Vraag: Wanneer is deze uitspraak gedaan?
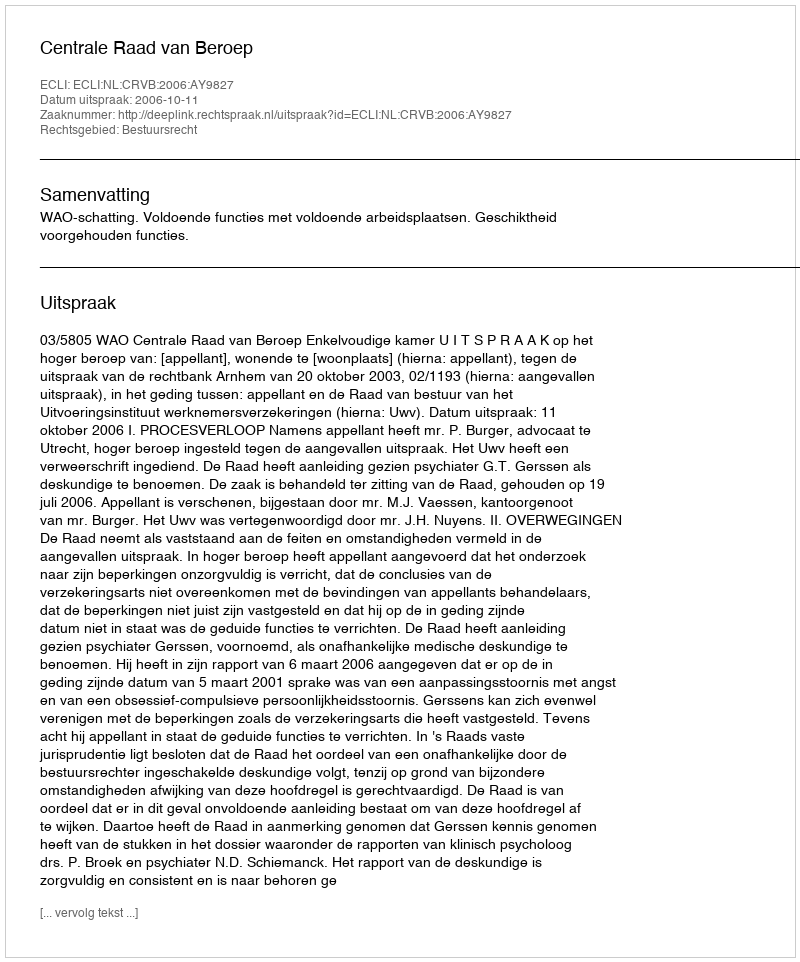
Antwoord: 2006-10-11